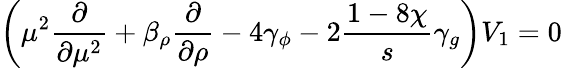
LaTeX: \left(\mu^{2}\frac{\partial}{\partial\mu^{2}}+\beta_{\rho}\frac{\partial}{\partial\rho}-4\gamma_{\phi}-2\frac{1-8\chi}{s}\gamma_{g}\right)V_{1}=0